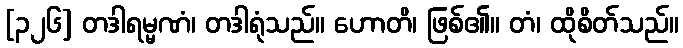
[၃၂၆] တဒါရမ္မဏံ၊ တဒါရုံသည်။ ဟောတိ၊ ဖြစ်၏။ တံ၊ ထိုစိတ်သည်။